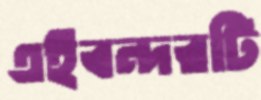
এইবন্দরটি